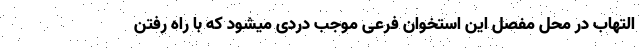
التهاب در محل مفصل این استخوان فرعی موجب دردی میشود که با راه رفتن